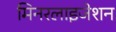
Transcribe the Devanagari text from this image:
मिनरलाइजेशन